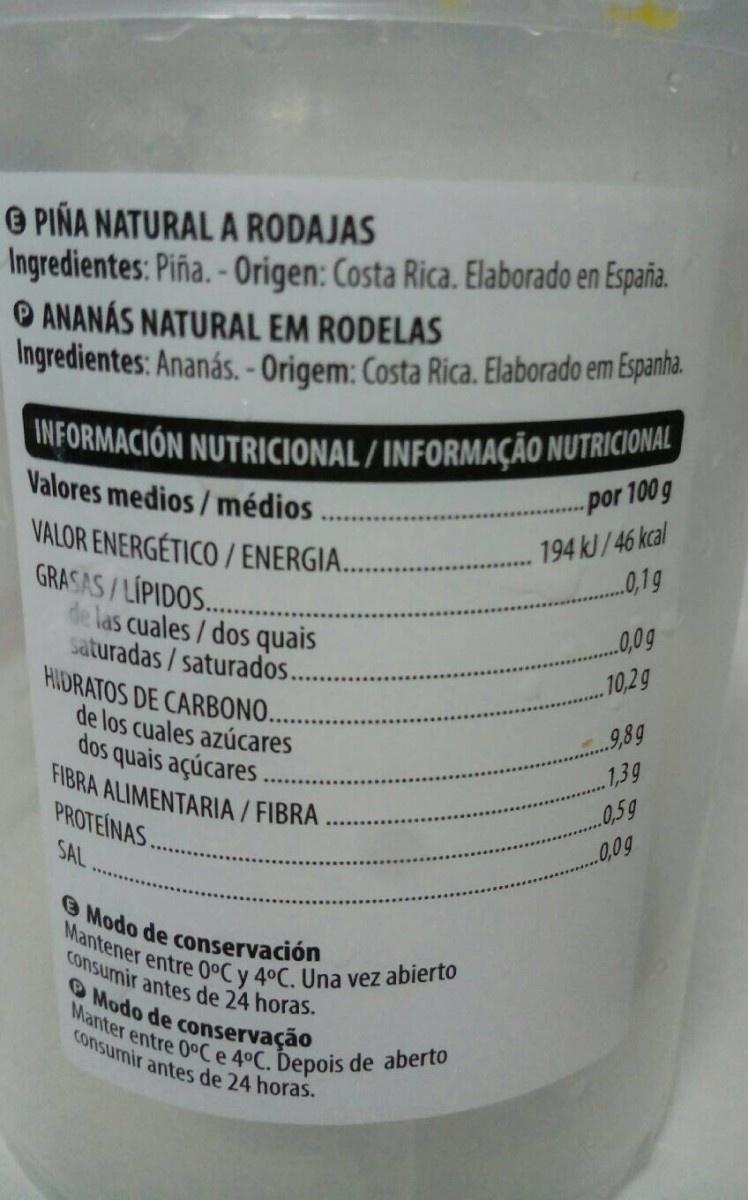
O PIÑA NATURAL A RODAJAS Ingredientes: Piña. - Origen: Costa Rica. Elaborado en España. O ANANÁS NATURAL EM RODELAS Ingredientes: Ananás. - Origem: Costa Rica. Elaborado em Espanha. INFORMACIÓN NUTRICIONAL / INFORMAÇÃO NUTRICIONAL Valores medios/médios -por 100g 194 kJ/46 kcal .0,1g VALOR ENERGÉTICO / ENERGIA. GRASAS/LÍPIDOS.. e las cuales/dos quais saturadas /saturados. HIDRATOS DE CARBONO. de los cuales azúcares dos quais açúcares FIBRA ALIMENTARIA / FIBRA PROTEINAS. ..0,0g 10,2g 9,89 1,39 .0,59 0,0g SAL Modo de conservación Mantener entre 0°C y 40C. Una vez abierto consumir antes de 24 horas. O Modo de conservação Manter entre 0°Ce 4°C. Depois de aberto consumir antes de 24 horas.